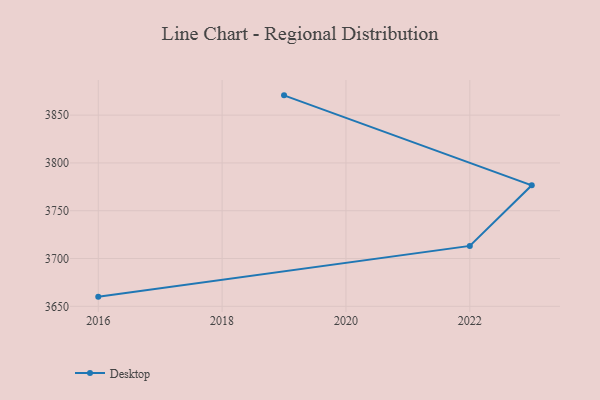
{"axis": {"x": "Year", "y": "Page Views"}, "legend": ["Desktop"], "data": [{"x": "2016", "y": 3660.1, "type": "Desktop"}, {"x": "2022", "y": 3713.2, "type": "Desktop"}, {"x": "2023", "y": 3776.6, "type": "Desktop"}, {"x": "2019", "y": 3870.7, "type": "Desktop"}]}